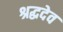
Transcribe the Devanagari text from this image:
श्रद्धदेव